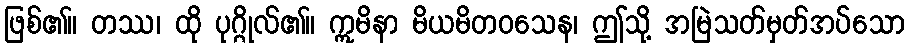
ဖြစ်၏။ တဿ၊ ထို ပုဂ္ဂိုလ်၏။ ဣမိနာ မိယမိတဝသေန၊ ဤသို့ အမြဲသတ်မှတ်အပ်သော